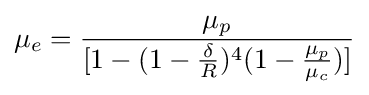
\mu _{e}={\frac {\mu _{p}}{[1-(1-{\frac {\delta }{R}})^{4}(1-{\frac {\mu _{p}}{\mu _{c}}})]}}